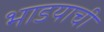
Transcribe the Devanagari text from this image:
भाडयाची